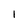
Character: l